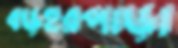
বড়হরপাড়া